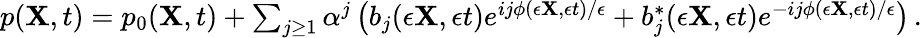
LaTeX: \begin{array}{r}{p({\mathbf{X}},t)=p_{0}({\mathbf{X}},t)+\sum_{j\geq 1}\alpha^{j}\left(b_{j}(\epsilon{\mathbf{X}},\epsilon t)e^{ij\phi(\epsilon{\mathbf{X}},\epsilon t)/\epsilon}+b_{j}^{*}(\epsilon{\mathbf{X}},\epsilon t)e^{-ij\phi(\epsilon{\mathbf{X}},\epsilon t)/\epsilon}\right)\, .}\end{array}